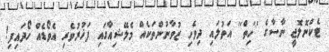
ޓެކްނޮލޮޖީ ނާސާގެ ''ހިތް'' އަތުލައި ދިވެހި ޒުވާނުންތަކެއް މެލޭޝިއާގައި ފަޚުރުވެރި އެވޯޑެއް ހޯދައިފި!